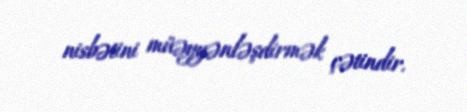
nisbətini müəyyənləşdirmək çətindir.